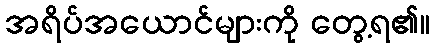
အရိပ်အယောင်များကို တွေ့ရ၏။